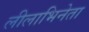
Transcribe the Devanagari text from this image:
लीलाभिनेता